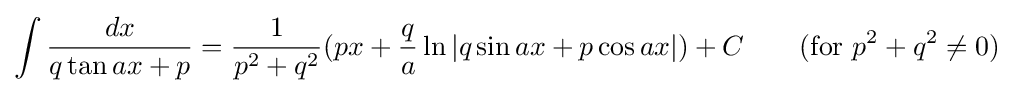
\int {\frac {dx}{q\tan ax+p}}={\frac {1}{p^{2}+q^{2}}}(px+{\frac {q}{a}}\ln |q\sin ax+p\cos ax|)+C\qquad {\mbox{(for }}p^{2}+q^{2}\neq 0{\mbox{)}}